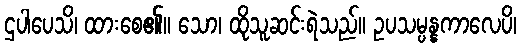
ဌပါပေသိ၊ ထားစေ၏။ သော၊ ထိုသူဆင်းရဲသည်။ ဥပသမ္ပန္နကာလေပိ၊